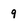
Character: 9